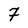
Character: 7